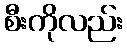
စီးကိုလည်း